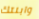
وابنتك